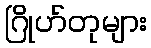
ဂြိုဟ်တုများ